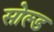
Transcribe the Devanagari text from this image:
सोल्‍ड